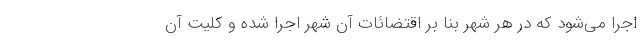
اجرا می‌شود که در هر شهر بنا بر اقتضائات آن شهر اجرا شده و کلیت آن